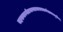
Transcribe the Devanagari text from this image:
सहस्रनामगीताभागवतभारतरामायणेशावास्याद्युपनिषद